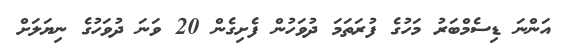
އަންނަ ޑިސެމްބަރު މަހުގެ ފުރަތަމަ ދުވަހުން ފެށިގެން 20 ވަނަ ދުވަހުގެ ނިޔަލަށް